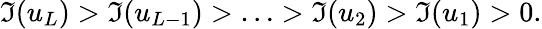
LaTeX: \Im(u_{L})>\Im(u_{L-1})>\ldots>\Im(u_{2})>\Im(u_{1})>0.